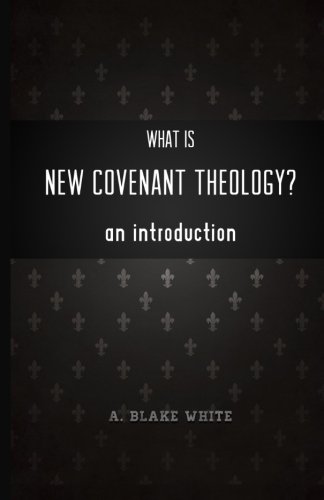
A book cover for What is New Covenant Theology? An Introduction; A. Blake White; Christian Books & Bibles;